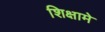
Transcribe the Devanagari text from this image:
शिक्षामे